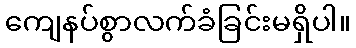
ကျေနပ်စွာလက်ခံခြင်းမရှိပါ။